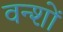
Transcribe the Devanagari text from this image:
वन्शों